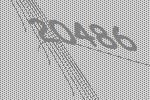
20486